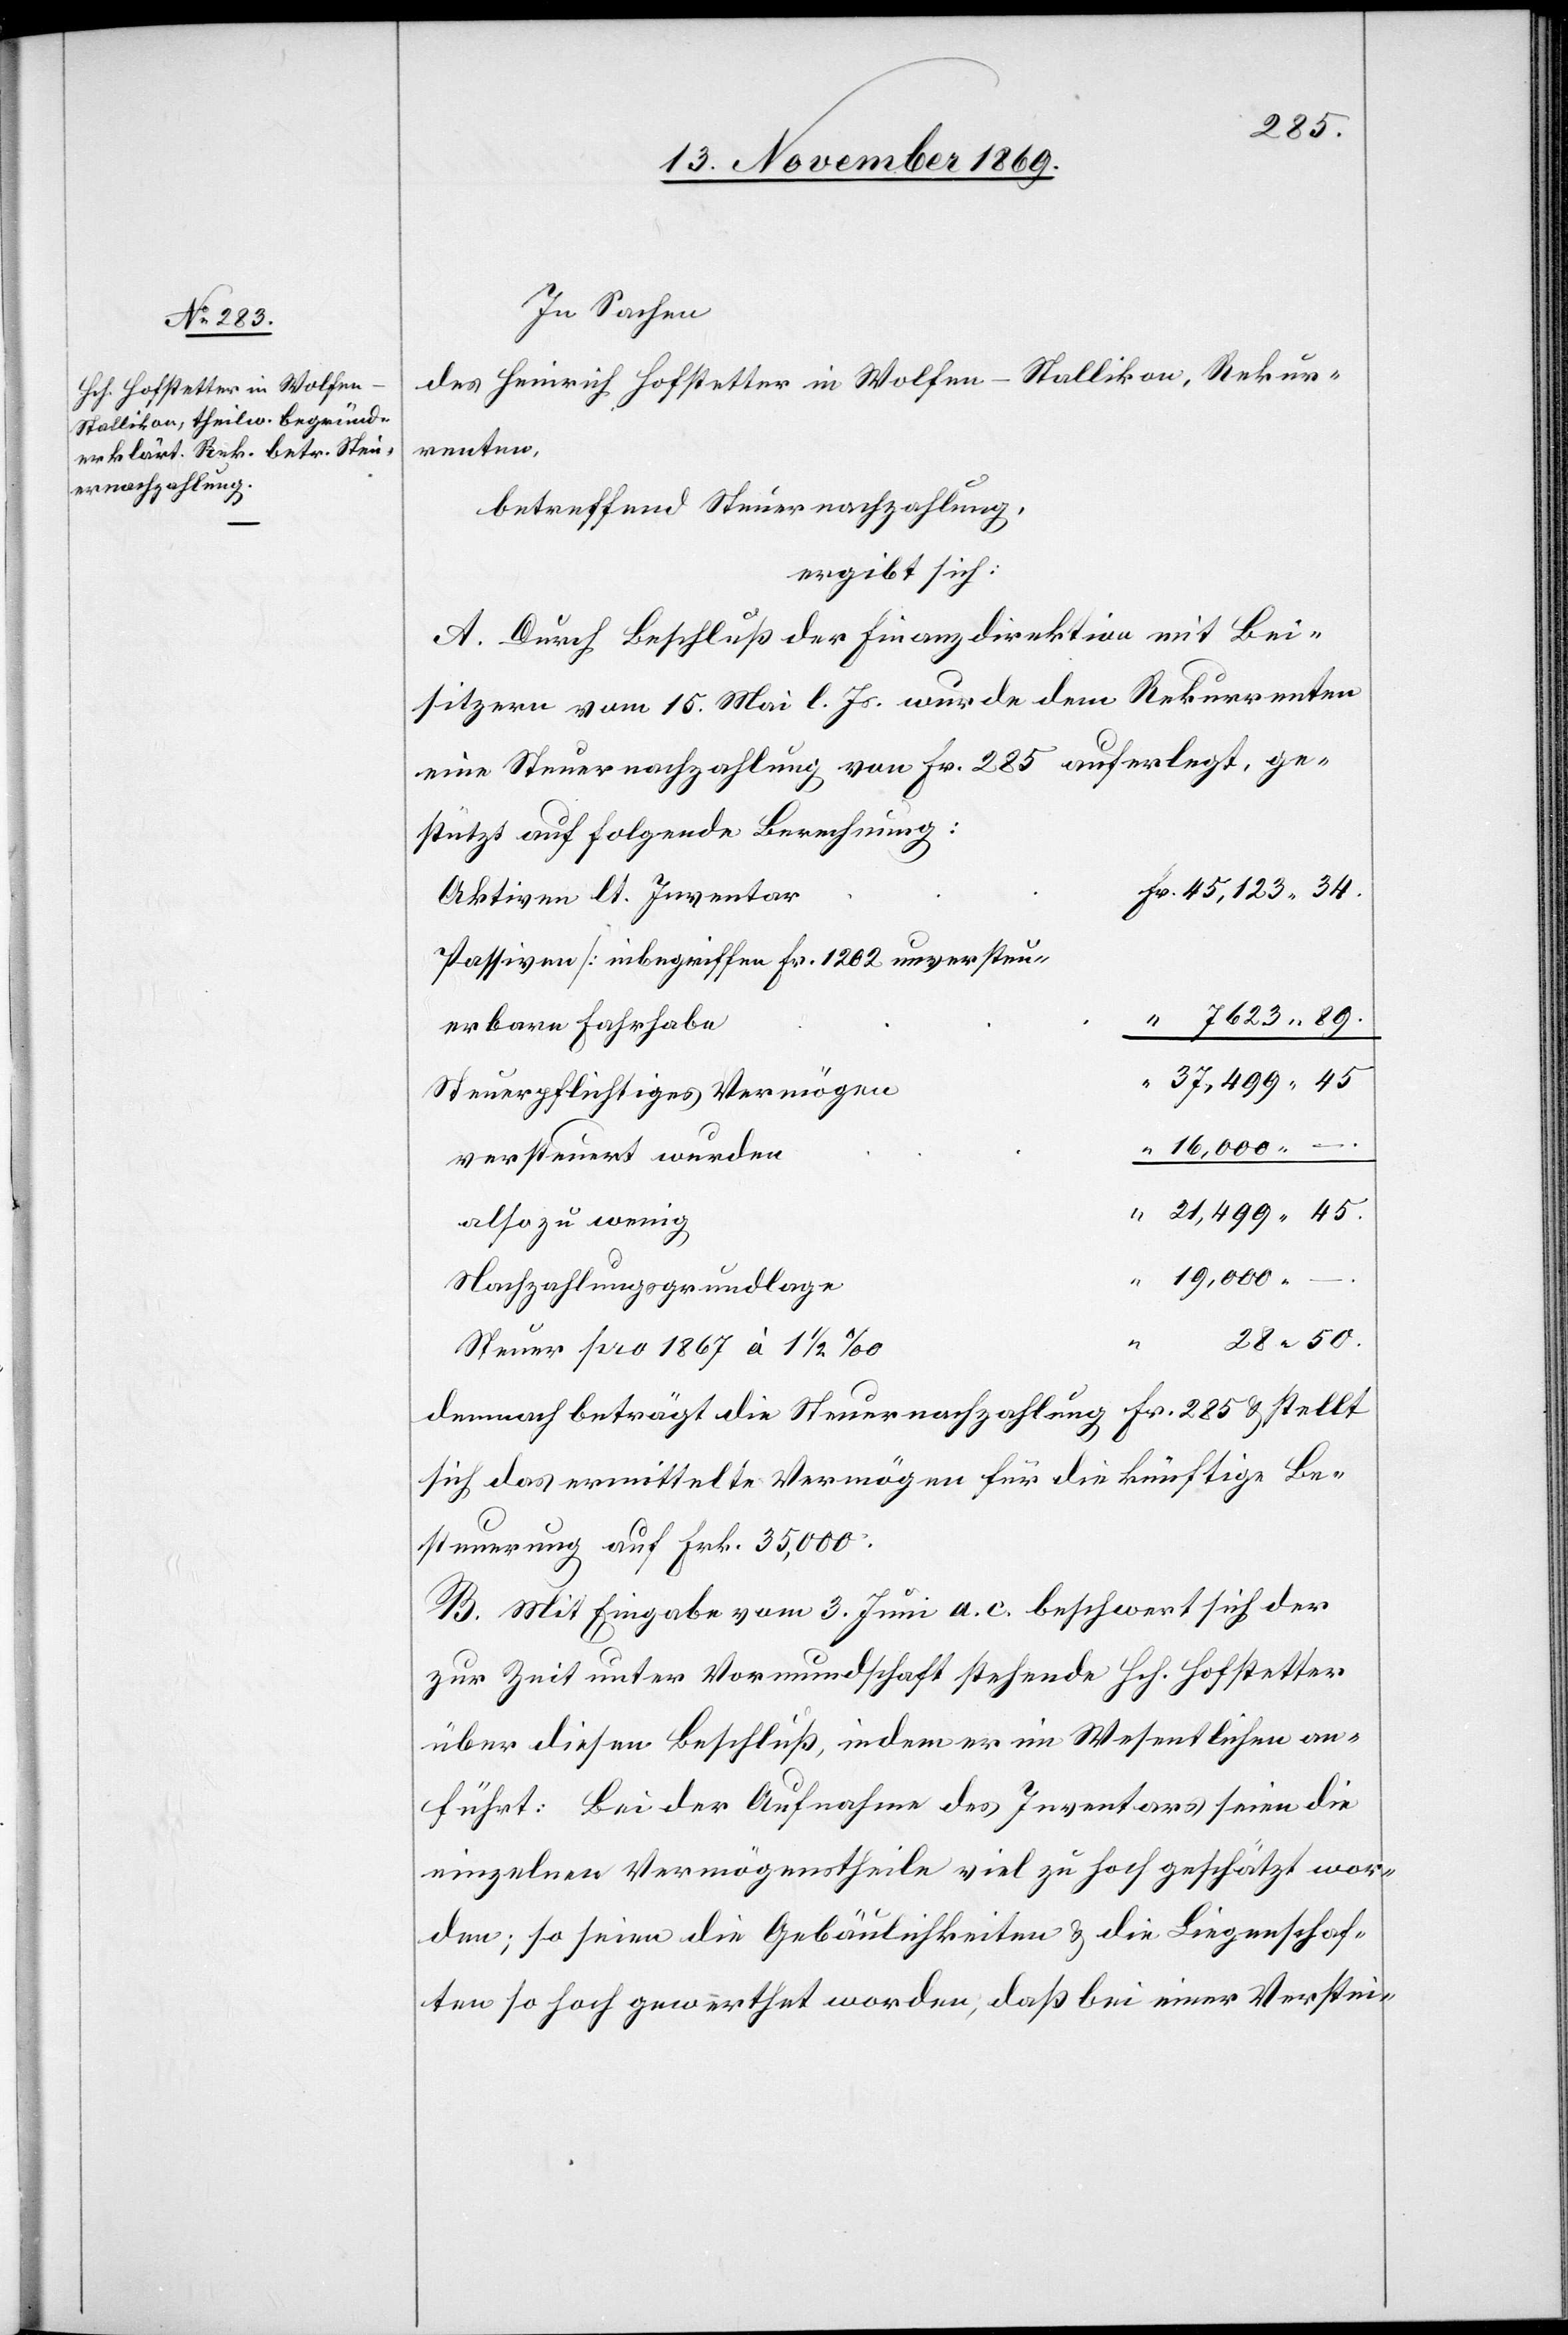
In Sachen
des Heinrich Hofstetter in Wolfen - Stallikon, Rekur¬
renten,
betreffend Steuernachzahlung,
ergibt sich:
A. Durch Beschluß der Finanzdirektion mit Bei¬
sitzern vom 15. Mai l. Js. wurde dem Rekurrenten
eine Steuernachzahlung von Fr. 285 auferlegt, ge¬
stützt auf folgende Berechnung:
Fr. 45,123 34.
Aktiven lt. Inventar
Passiven [inbegriffen Fr. 1202 unversteu¬
“ 7623 89.
erbare Fahrhabe[]]
37,499 45
Steuerpflichtiges Vermögen
“ 19,000 –
versteuert wurden
“ 21,499 45.
also zu wenig
Nachzahlungsgrundlage
28 50.
Steuer pro 1867 à 1 1/2 ‰
demnach beträgt die Steuernachzahlung Fr. 285 & stellt
sich das ermittelte Vermögen für die künftige Be¬
steuerung auf Frk. 35,000.
B. Mit Eingabe vom 3. Juni a. c. beschwert sich der
zur Zeit unter Vormundschaft stehende Hch. Hofstetter
über diesen Beschluß, indem er im Wesentlichen an¬
führt: Bei der Aufnahme des Inventars seien die
einzelnen Vermögenstheile viel zu hoch geschätzt wor¬
den; so seien die Gebäulichkeiten & die Liegenschaf¬
ten so hoch gewerthet worden, daß bei einer Verstei-